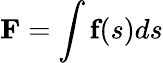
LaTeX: \textbf{F}=\int\textbf{f}(s)ds